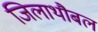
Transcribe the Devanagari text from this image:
जिलाथौबल